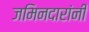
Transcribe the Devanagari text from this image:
जमिनदारांनी